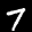
Label: 7